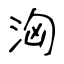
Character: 洶